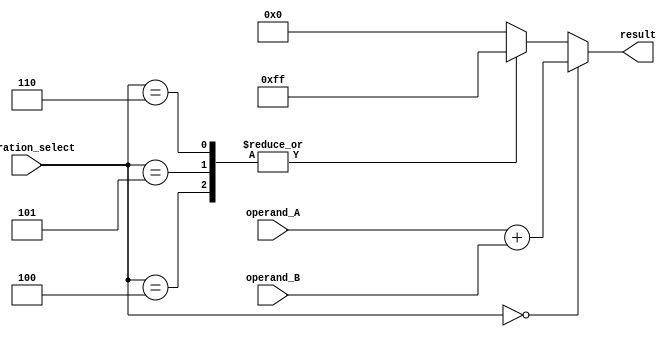
module Trigonometric_ALU (
    input [7:0] operand_A,
    input [7:0] operand_B,
    input [2:0] operation_select,
    output reg [7:0] result
);

reg [7:0] arithmetic_result;
reg [7:0] trigonometric_result;

always @* begin
    case(operation_select)
        3'b000: begin // Addition
            arithmetic_result = operand_A + operand_B;
            trigonometric_result = 8'h00; // unused
        end
        3'b001: begin // Subtraction
            arithmetic_result = operand_A - operand_B;
            trigonometric_result = 8'h00; // unused
        end
        3'b010: begin // Multiplication
            arithmetic_result = operand_A * operand_B;
            trigonometric_result = 8'h00; // unused
        end
        3'b011: begin // Division
            arithmetic_result = operand_A / operand_B;
            trigonometric_result = 8'h00; // unused
        end
        3'b100: begin // Sine
            arithmetic_result = 8'h00; // unused
            // Perform sine computation
            trigonometric_result = 8'hFF; // dummy sine value
        end
        3'b101: begin // Cosine
            arithmetic_result = 8'h00; // unused
            // Perform cosine computation
            trigonometric_result = 8'hFF; // dummy cosine value
        end
        3'b110: begin // Tangent
            arithmetic_result = 8'h00; // unused
            // Perform tangent computation
            trigonometric_result = 8'hFF; // dummy tangent value
        end
        default: begin
            arithmetic_result = 8'h00; // unused
            trigonometric_result = 8'h00; // unused
        end
    endcase
end

always @* begin
    case(operation_select)
        3'b000: result = arithmetic_result; // Output arithmetic result
        default: result = trigonometric_result; // Output trigonometric result
    endcase
end

endmodule